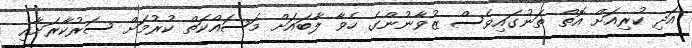
އަދި ކުރިއަށް އޮތް ތަނުގައިވެސް ޒުވާނުންގެ ހެވާ ލާބައަށް މަސައްކަތް ކުރުމަށް ސަރުކާރަށާއި